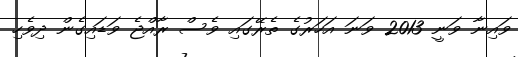
ވައިނާ ވަނީ 2013 ވަނަ އަހަރުގެ ތެރޭގައި ވެސް ރާއްޖެ ވަޑައިގެން ދިވެހި